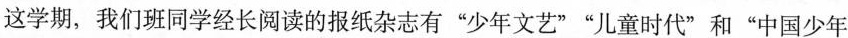
这学期，我们班同学经长阅读的报纸杂志有”少年文艺””儿童时代”和”中国少年